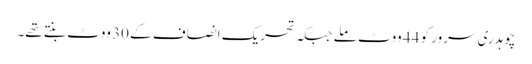
چوہدری سرور کو 44 ووٹ ملے جبکہ تحریک انصاف کے 30 ووٹ بنتے تھے۔